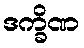
ဒက္ခိဏ